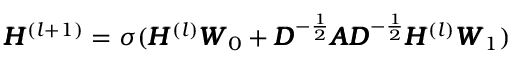
\pmb { H } ^ { ( l + 1 ) } = \sigma ( \pmb { H } ^ { ( l ) } \pmb { W } _ { 0 } + \pmb { D } ^ { - \frac 1 2 } \pmb { A } \pmb { D } ^ { - \frac 1 2 } \pmb { H } ^ { ( l ) } \pmb { W } _ { 1 } )